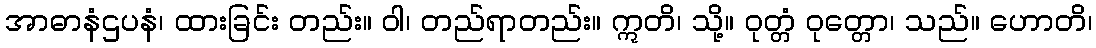
အာဓာနံဌပနံ၊ ထားခြင်း တည်း။ ဝါ၊ တည်ရာတည်း။ ဣတိ၊ သို့။ ဝုတ္တံ ဝုတ္တော၊ သည်။ ဟောတိ၊